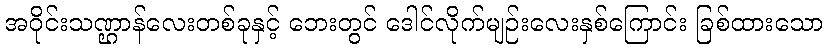
အဝိုင်းသဏ္ဌာန်လေးတစ်ခုနှင့် ဘေးတွင် ဒေါင်လိုက်မျဉ်းလေးနှစ်ကြောင်း ခြစ်ထားသော